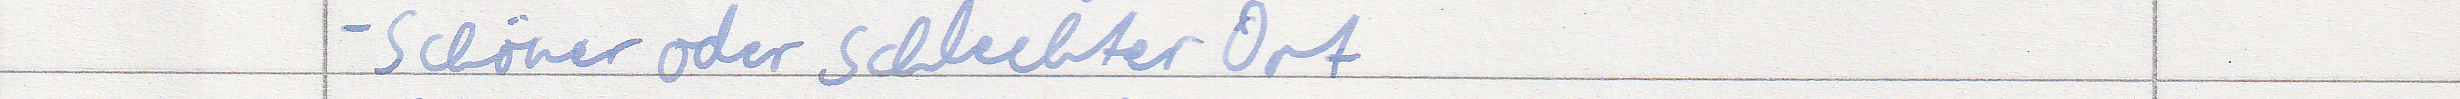
- schöner oder schlechter Ort